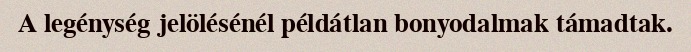
A legénység jelölésénél példátlan bonyodalmak támadtak.